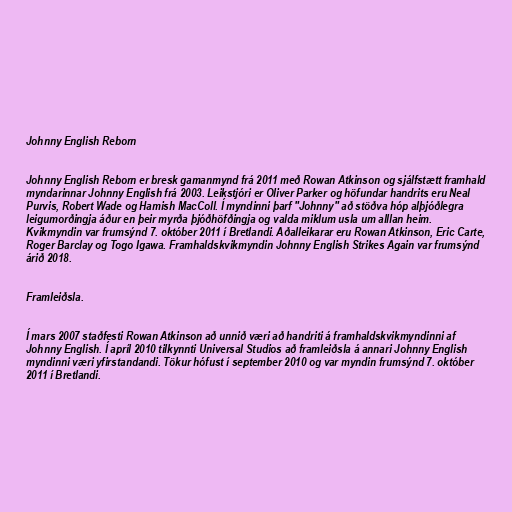
Johnny English Reborn

Johnny English Reborn er bresk gamanmynd frá 2011 með Rowan Atkinson og sjálfstætt framhald
myndarinnar Johnny English frá 2003. Leikstjóri er Oliver Parker og höfundar handrits eru Neal
Purvis, Robert Wade og Hamish MacColl. Í myndinni þarf "Johnny" að stöðva hóp alþjóðlegra
leigumorðingja áður en þeir myrða þjóðhöfðingja og valda miklum usla um alllan heim.
Kvikmyndin var frumsýnd 7. október 2011 í Bretlandi. Aðalleikarar eru Rowan Atkinson, Eric Carte,
Roger Barclay og Togo Igawa. Framhaldskvikmyndin Johnny English Strikes Again var frumsýnd
árið 2018.

Framleiðsla.

Í mars 2007 staðfesti Rowan Atkinson að unnið væri að handriti á framhaldskvikmyndinni af
Johnny English. Í apríl 2010 tilkynnti Universal Studios að framleiðsla á annari Johnny English
myndinni væri yfirstandandi. Tökur hófust í september 2010 og var myndin frumsýnd 7. október
2011 í Bretlandi.